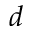
d